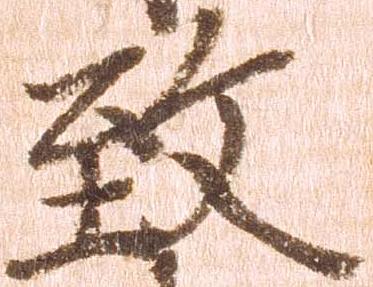
致